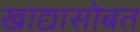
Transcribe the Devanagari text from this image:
खाद्यासोबत